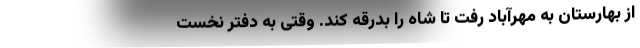
از بهارستان به مهرآباد رفت تا شاه را بدرقه کند. وقتی به دفتر نخست